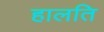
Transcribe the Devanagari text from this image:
हालति